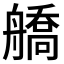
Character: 𦪞